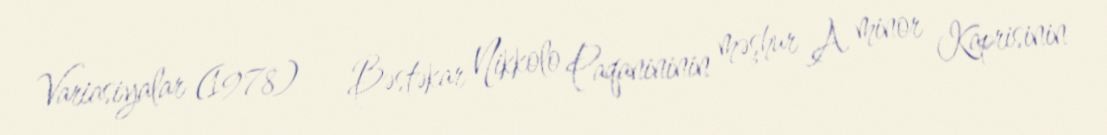
Variasiyalar (1978) — Bəstəkar Nikkolo Paqanininin məşhur A minor Kaprisinin